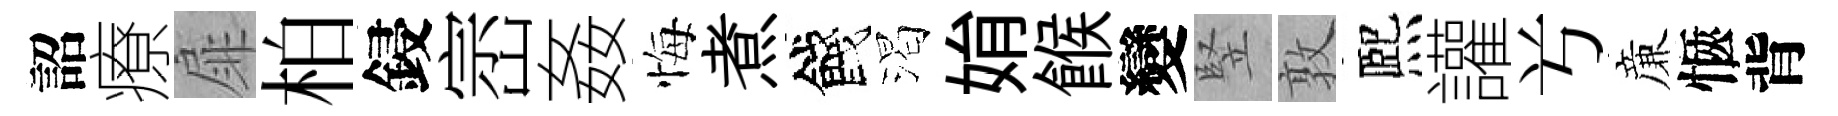
詔療扉柏鋟崈姦悔煮餞渴姢餱變竪敦熈讙𠔃亷愜背